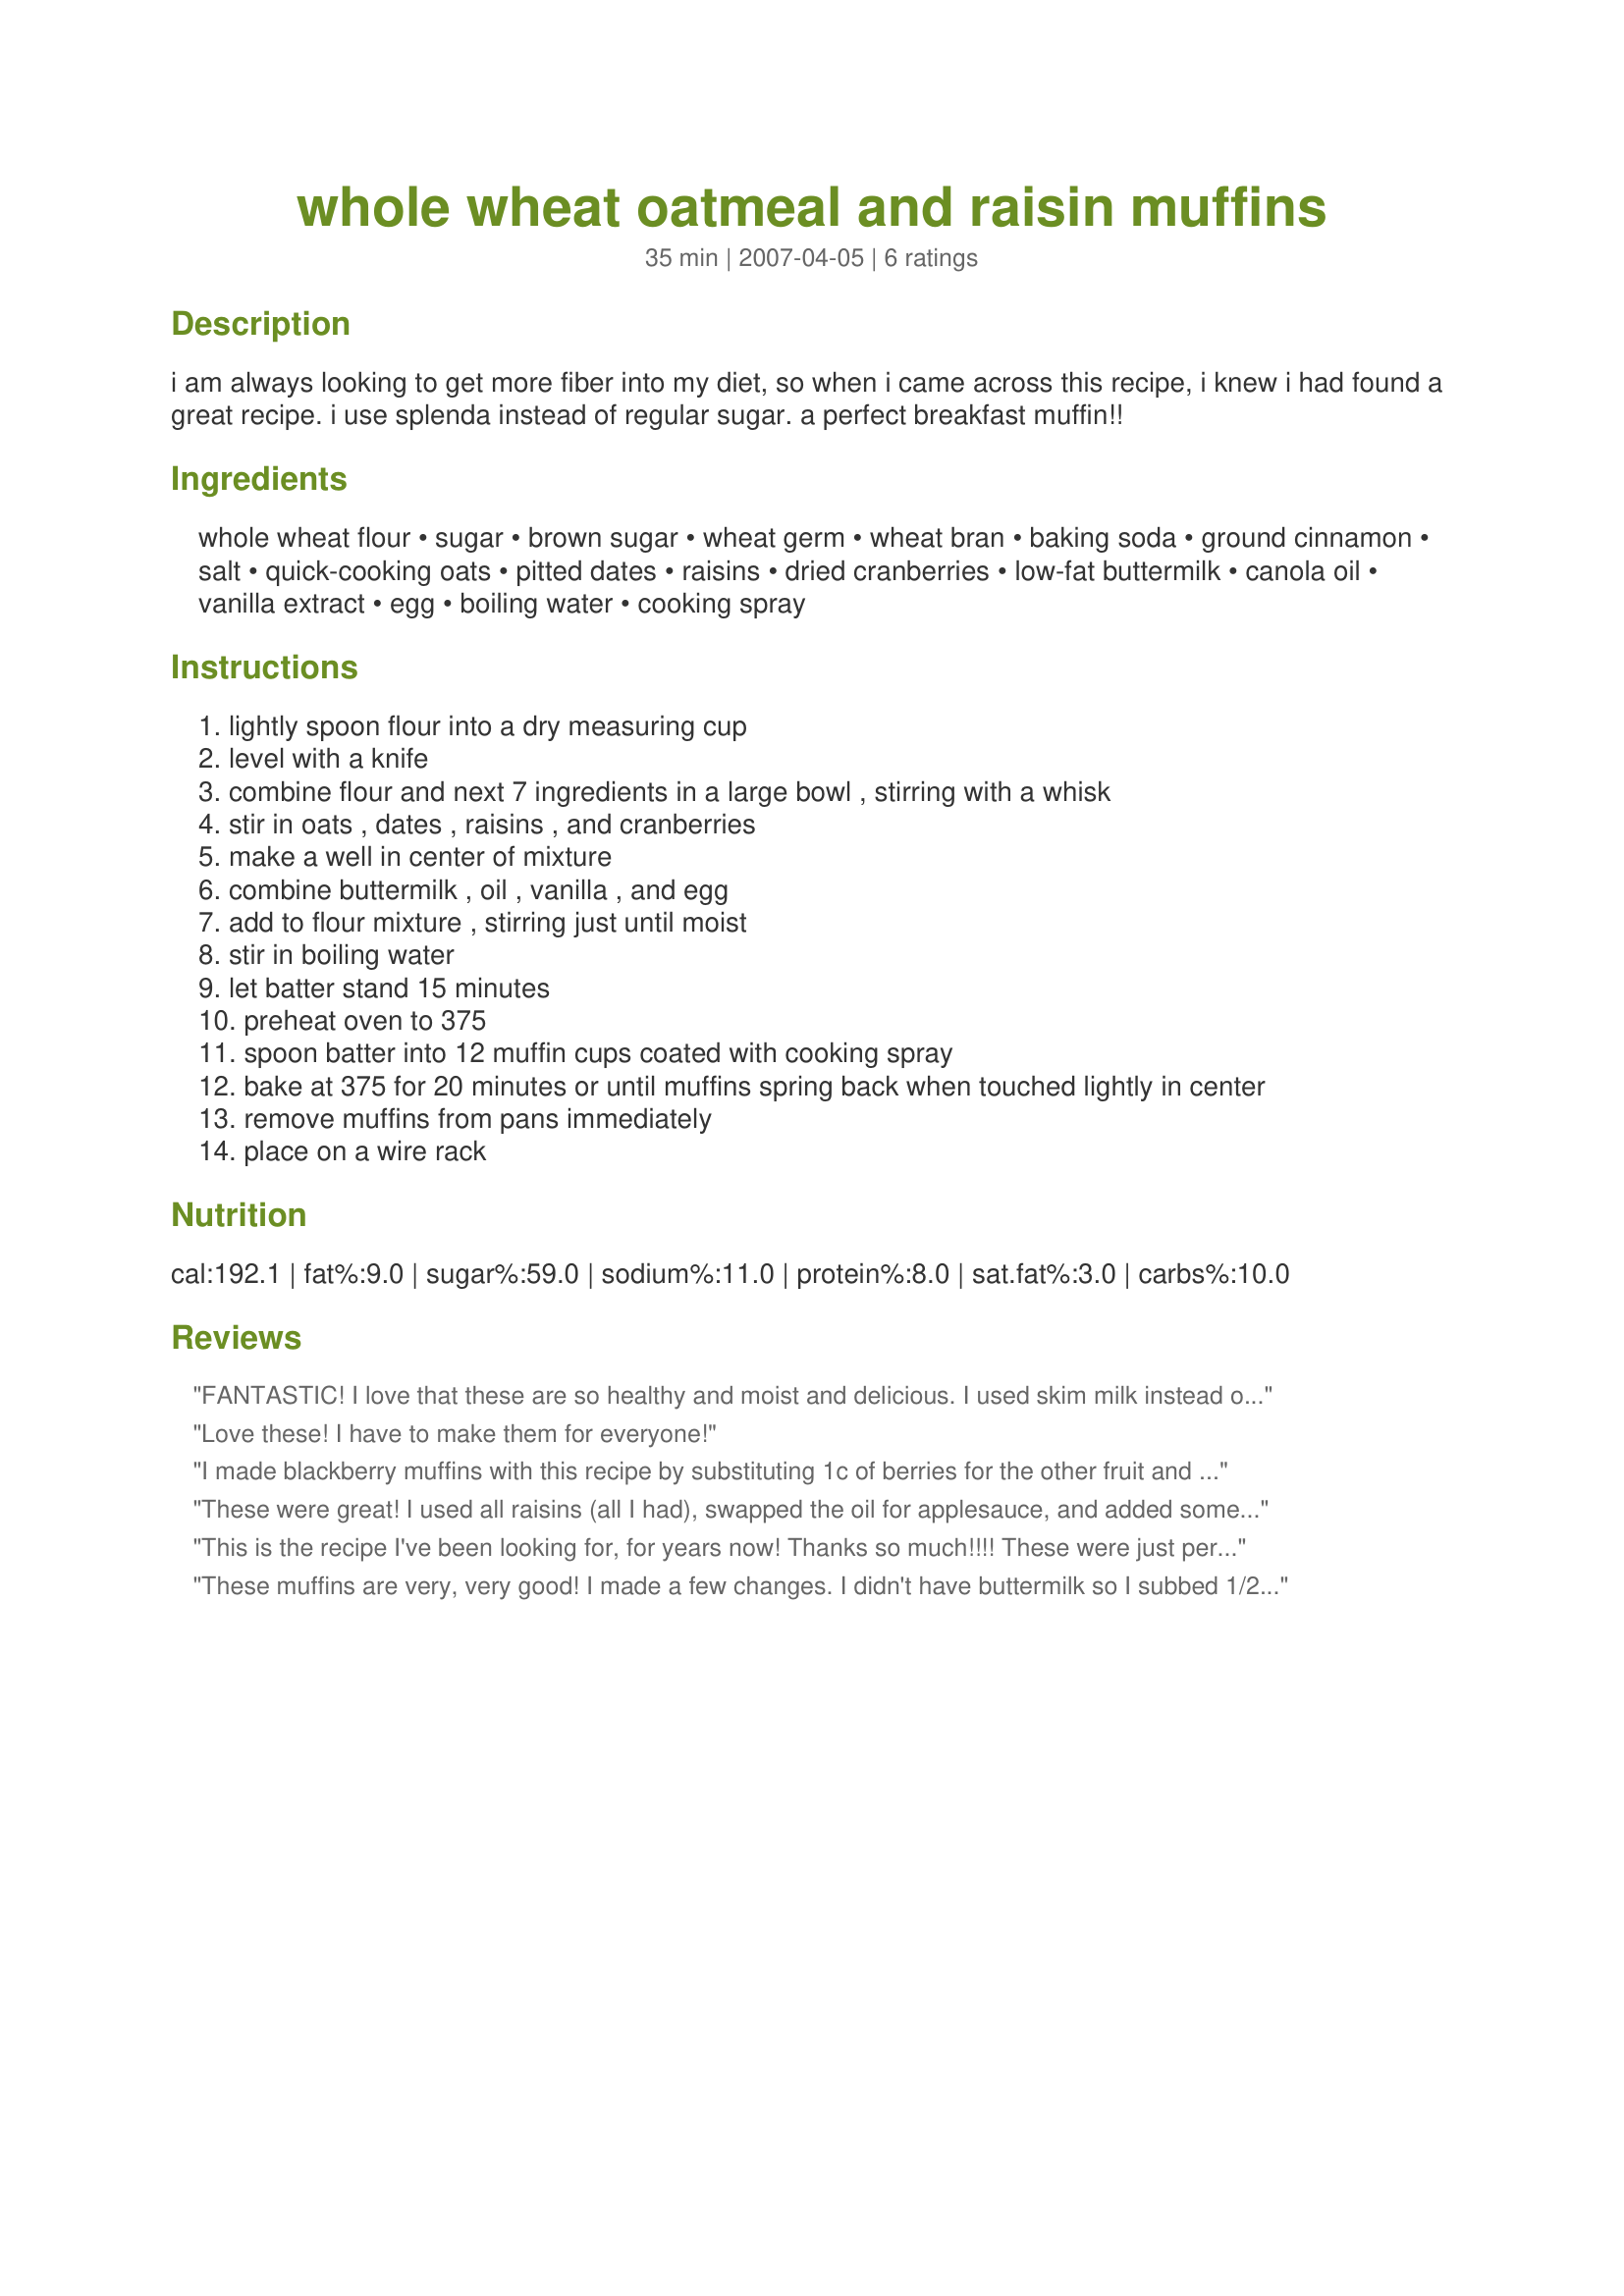
whole wheat oatmeal and raisin muffins
Preparation time: 35 minutes

i am always looking to get more fiber into my diet, so when i came across this recipe, i knew i had found a great recipe. i use splenda instead of regular sugar. a perfect breakfast muffin!!

Ingredients:
whole wheat flour, sugar, brown sugar, wheat germ, wheat bran, baking soda, ground cinnamon, salt, quick-cooking oats, pitted dates, raisins, dried cranberries, low-fat buttermilk, canola oil, vanilla extract, egg, boiling water, cooking spray

Steps:
lightly spoon flour into a dry measuring cup
level with a knife
combine flour and next 7 ingredients in a large bowl , stirring with a whisk
stir in oats , dates , raisins , and cranberries
make a well in center of mixture
combine buttermilk , oil , vanilla , and egg
add to flour mixture , stirring just until moist
stir in boiling water
let batter stand 15 minutes
preheat oven to 375
spoon batter into 12 muffin cups coated with cooking spray
bake at 375 for 20 minutes or until muffins spring back when touched lightly in center
remove muffins from pans immediately
place on a wire rack

Reviews:
FANTASTIC! I love that these are so healthy and moist and delicious. I used skim milk instead of buttermilk and applesauce in place of the oil to make them even healthier. Oh, and I only had raisins so I made them with 1 cup of raisins. I LOVE this recipe and will definitely make again. Thanks for posting.
Love these! I have to make them for everyone!
I made blackberry muffins with this recipe by substituting 1c of berries for the other fruit and omitting the cinnamon. They were great, and extremely moist! Next time I will try with the cranberries, dates, and raisins as written, but it turned out to be very versatile with other fruits too. Thanks!
These were great! I used all raisins (all I had), swapped the oil for applesauce, and added some nutmeg, cloves, and about 1 1/2 cups chopped walnuts.
This is the recipe I've been looking for, for years now! Thanks so much!!!! These were just perfect. I don't like super sweet muffins and I prefer they be healthy. These were just perfect. I used 2/3 cup dates and 1/3 cup raisins. They are just amazing!
These muffins are very, very good! I made a few changes. I didn't have buttermilk so I subbed 1/2 plain yogurt and 1/2 milk. I also grated an apple and used 1/2 of the oil. They were still moist. Instead of the white sugar, I used honey. I also added 2 tablespoons of flax seed. This recipe, of all the recipes for muffins, seemed to be the healthiest of the recipes posted on this site and did they taste great. Thanks.
